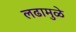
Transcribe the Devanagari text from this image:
लढामुळे